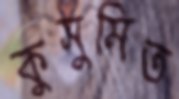
কুসুমিত